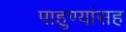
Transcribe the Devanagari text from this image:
पाहुण्यांसह